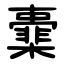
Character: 㰆